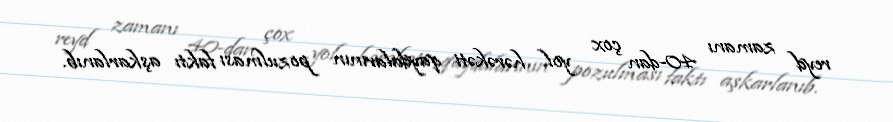
reyd zamanı 40-dan çox yol hərəkəti qaydalarının pozulması faktı aşkarlanıb.